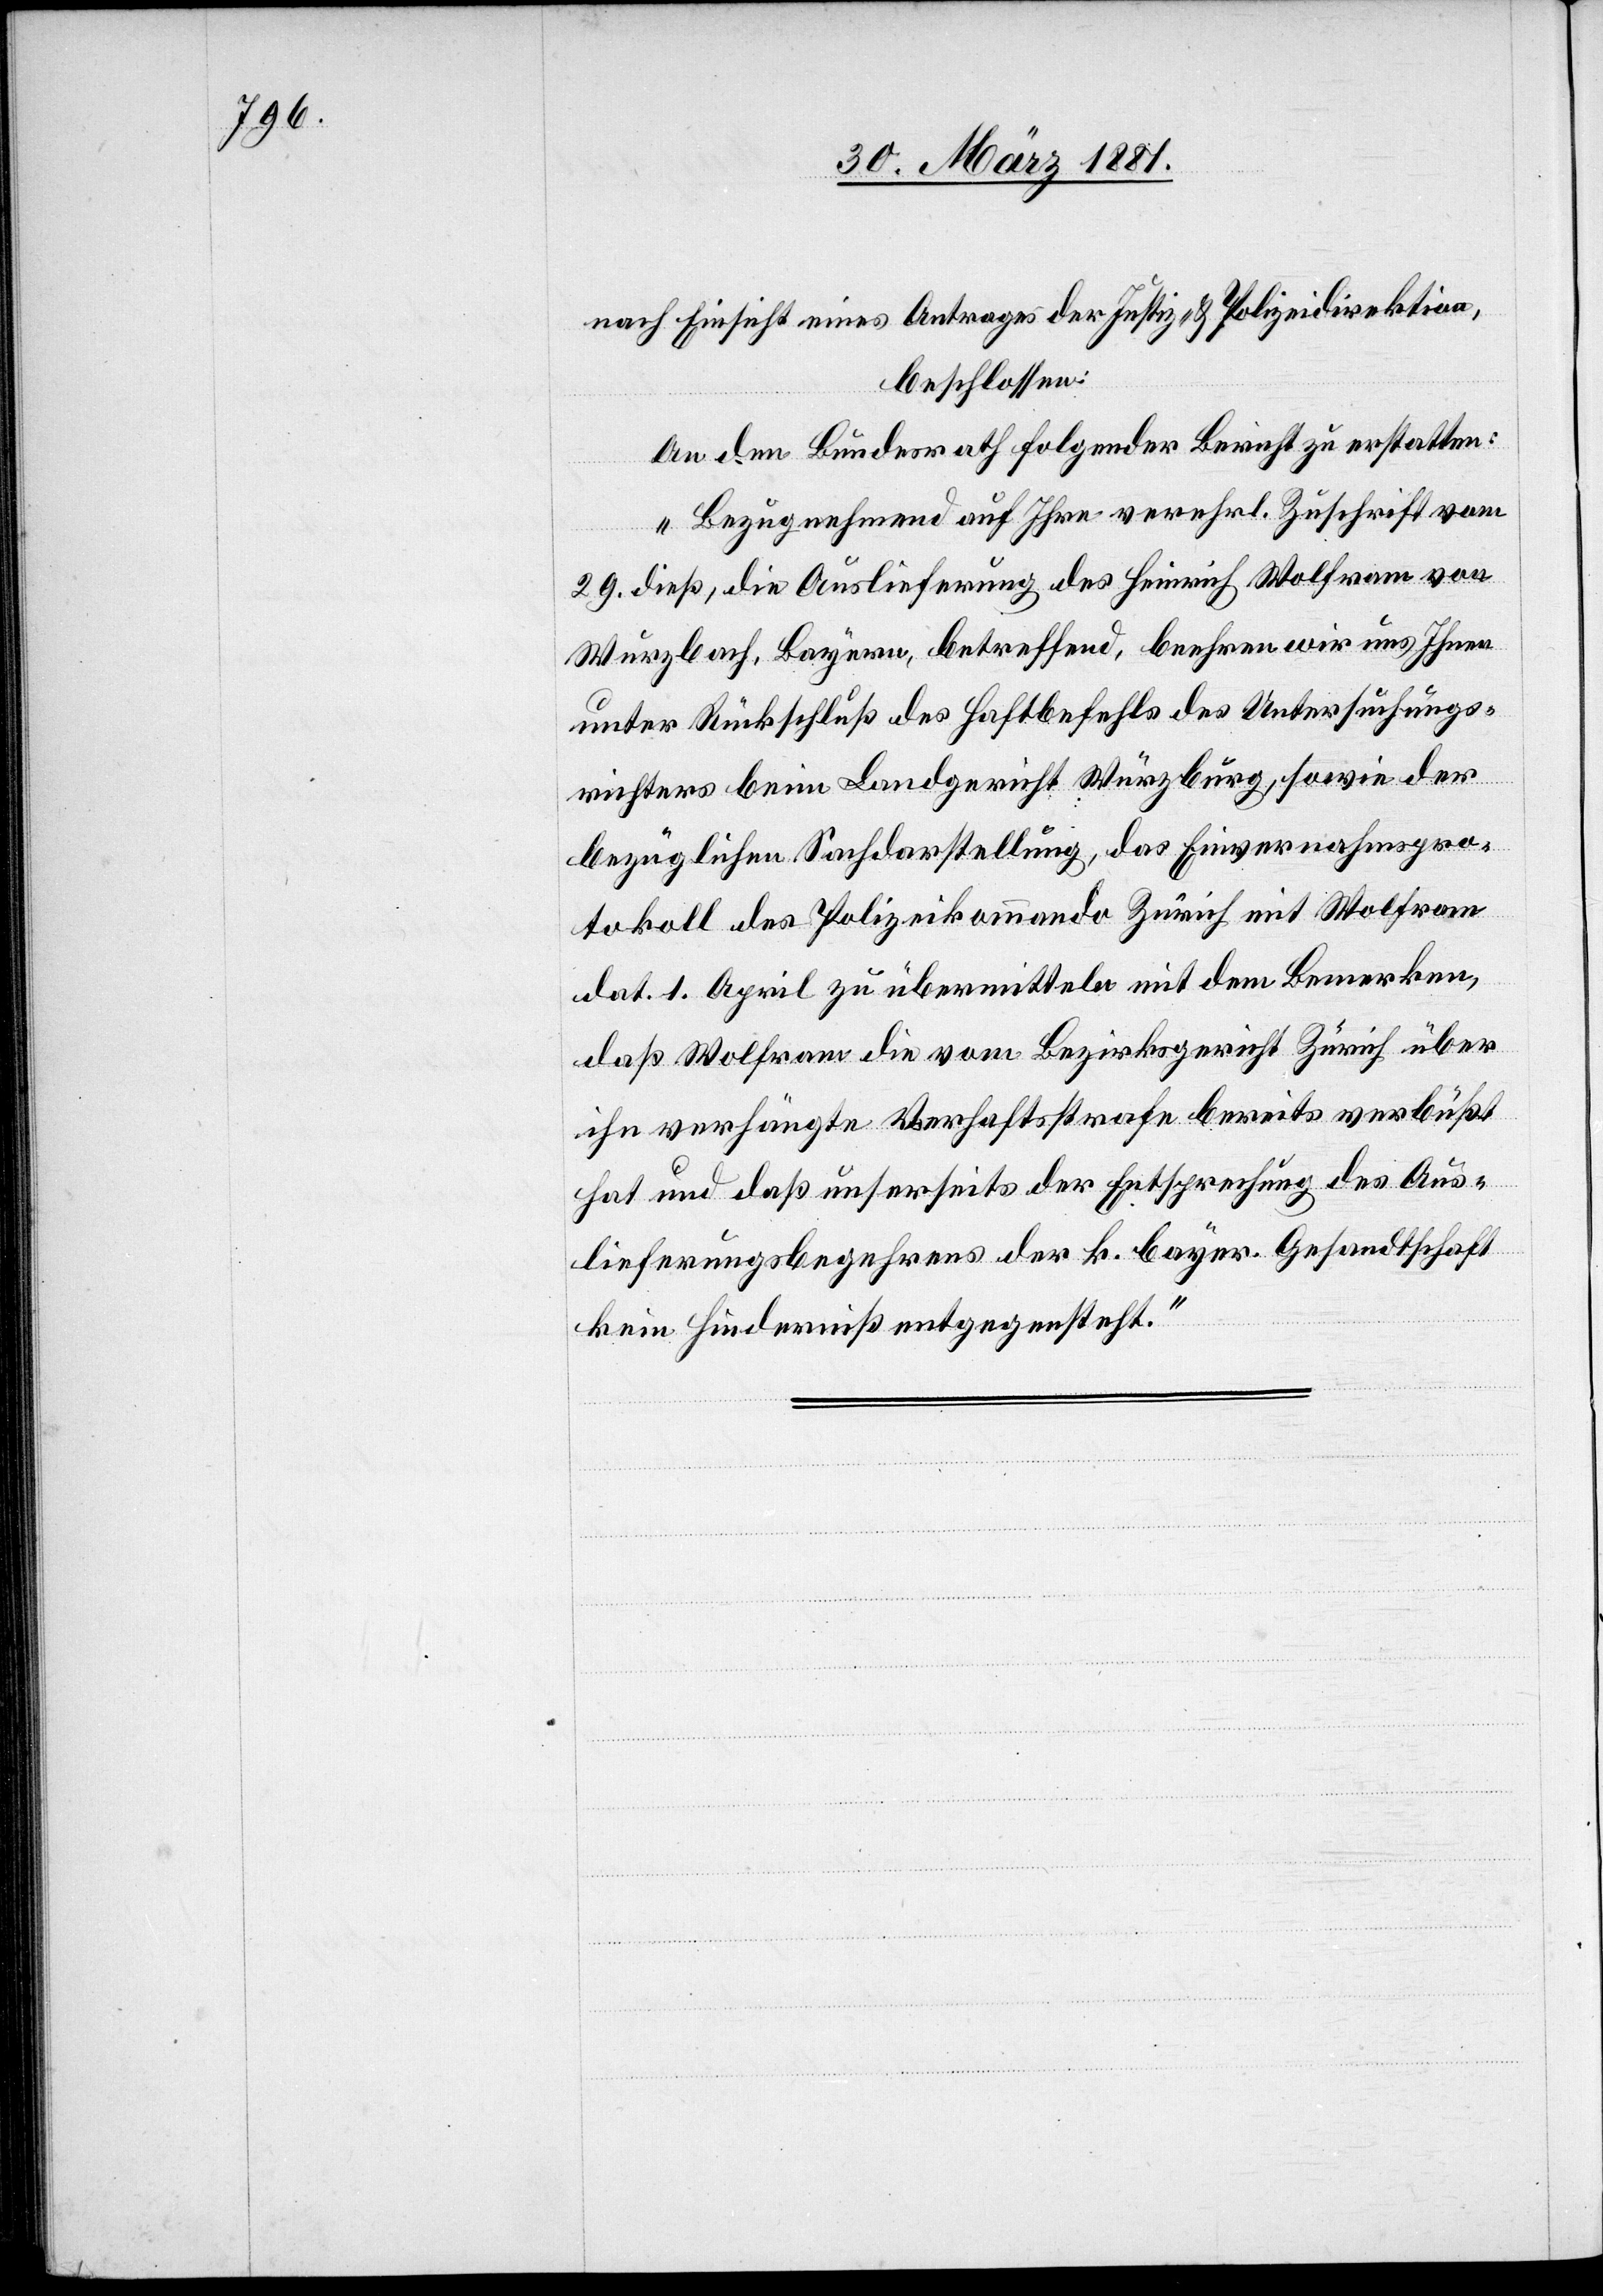
nach Einsicht eines Antrages der Justiz- & Polizeidirektion,
beschlossen:
An den Bundesrath folgender Bericht zu erstatten:
„Bezugnehmend auf Ihre verehrl. Zuschrift vom
29. dieß, die Auslieferung des Heinrich Wolfram von
Wurzbach, Bayern, betreffend, beehren wir uns Ihnen
unter Rückschluß des Haftbefehls des Untersuchungs¬
richters beim Landgericht Würzburg, sowie der
bezüglichen Sachdarstellung, das Einvernahmspro¬
tokoll des Polizeikommando Zürich mit Wolfram
dat. 1. April zu übermitteln mit dem Bemerken,
daß Wolfram die vom Bezirksgericht Zürich über
ihn verhängte Verhaftsstrafe bereits verbüßt
hat und daß unserseits der Entsprechung des Aus¬
lieferungsbegehrens der k. bayer. Gesandtschaft
kein Hinderniß entgegensteht.“